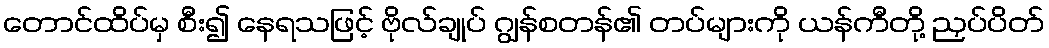
တောင်ထိပ်မှ စီး၍ နေရသဖြင့် ဗိုလ်ချုပ် ဂျွန်စတန်၏ တပ်များကို ယန်ကီတို့ ညှပ်ပိတ်